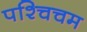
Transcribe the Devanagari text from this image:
पश्चिचम